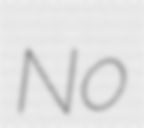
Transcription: No